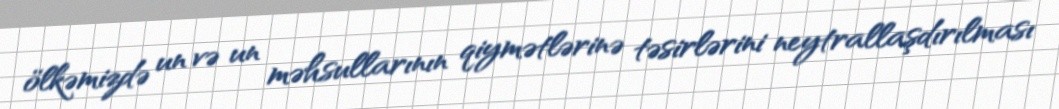
ölkəmizdə un və un məhsullarının qiymətlərinə təsirlərini neytrallaşdırılması